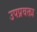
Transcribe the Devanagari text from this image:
उपप्रवक्ता